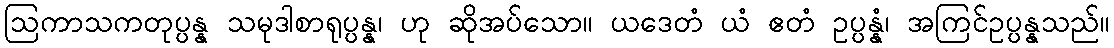
ဩကာသကတုပ္ပန္န သမုဒါစာရုပ္ပန္န၊ ဟု ဆိုအပ်သော။ ယဒေတံ ယံ ဧတံ ဥပ္ပန္နံ၊ အကြင်ဥပ္ပန္နသည်။